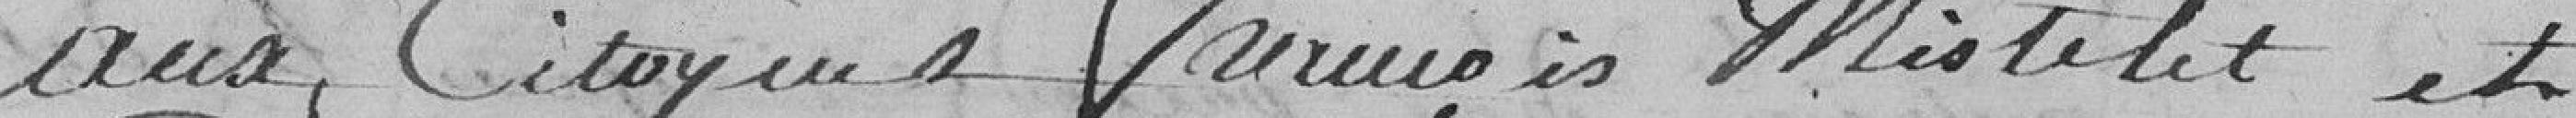
aux citoyens François Mistelet, et